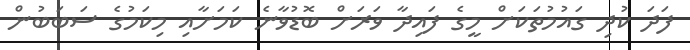
ފަދަ ކުދި ގައުމުތަކަށް މީގެ ފައިދާ ވަރަށް ބޮޑުވާނެ ކަމަށާއި މިކަމުގެ ސަބަބުން